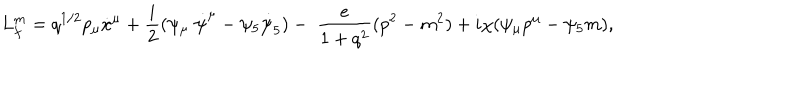
L _ { f } ^ { m } = q ^ { 1 / 2 } p _ { \mu } \dot { x } ^ { \mu } + \frac { i } { 2 } ( \psi _ { \mu } \; \dot { \psi } ^ { \mu } - \psi _ { 5 } \dot { \psi } _ { 5 } ) - \; \frac { e } { 1 + q ^ { 2 } } ( p ^ { 2 } - m ^ { 2 } ) + i \chi ( \psi _ { \mu } p ^ { \mu } - \psi _ { 5 } m ) ,